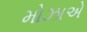
મોઝાએ